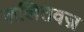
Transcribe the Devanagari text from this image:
ललितवज्र